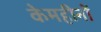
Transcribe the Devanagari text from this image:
केमहीनों